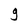
Character: 9